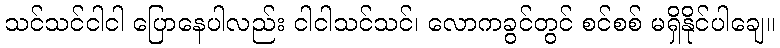
သင်သင်ငါငါ ပြောနေပါလည်း ငါငါသင်သင်၊ လောကခွင်တွင် စင်စစ် မရှိနိုင်ပါချေ။